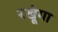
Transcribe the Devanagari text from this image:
रखूंगा